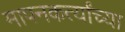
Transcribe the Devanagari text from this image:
मापनकर्त्यांच्या